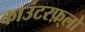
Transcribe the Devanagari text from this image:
काउंटरफ़्लो